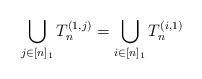
LaTeX: \begin{align*} \bigcup_{j \in [n]_1} T_n^{(1,j)} = \bigcup_{i\in [n]_1} T_n^{(i,1)}\end{align*}